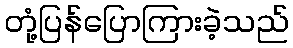
တုံ့ပြန်ပြောကြားခဲ့သည်